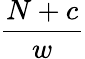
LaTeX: \frac{N+c}{w}